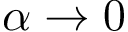
\alpha \rightarrow 0